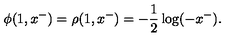
\phi ( 1 , x ^ { - } ) = \rho ( 1 , x ^ { - } ) = - { \frac { 1 } { 2 } } \log ( - x ^ { - } ) .